Investigations into the jail dietaries of the United Provinces with some observations on the influence of dietary on the physical development and well-being of the people of the United Provinces - Number 48
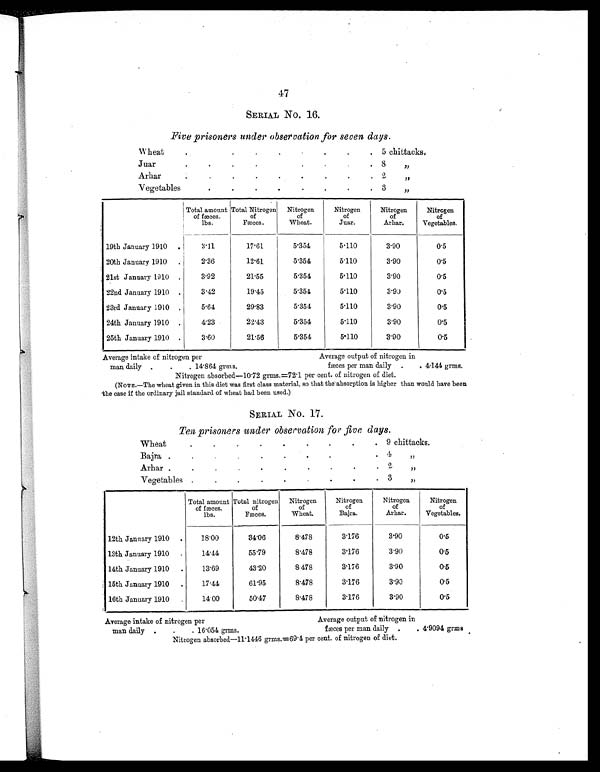
47
SERIAL No. 16.
Five prisoners under observation for seven days.
Wheat
.
.
.
.
.
.
.
.
5 chittacks.
Juar
.
.
.
.
.
.
.
. 8
„
Arhar
.
.
.
.
.
.
.
.
.
2
„
Vegetable
.
.
.
.
.
.
.
. 3
„
Total amount
of fæces.
l b s .
Total Nitrogen
of
Fæces.
Nitrogen
of
Wheat.
Nitrogen
of
Juar.
Nitrogen
of
Arhar.
Nitrogen
of
Vegetables.
19th January 1910 .
3 . 1 1
17.61
5.354
5.110
3.90
0.5
20th January 1910
.
2.36
12.61
5.354
5.110
3.90
0.5
21st January 1910 .
3.92
21.55
5.354
5.110
3.90
0.5
22nd January 1910 .
3 . 4 2
19.45
5.354
5.110
3.90
0.5
23rd January 1910 .
5.64
29.83
5.354
5.110
3.90
0.5
24th January 1910 .
4.23
22.43
5.354
5.110
3.90
0.5
25th January 1910 .
3.60
21.56
5.354
5.110
3.90
0.5
Average intake of nitrogen per
Average output of nitrogen in
man daily
. .
. 14.864 grms.
fæces per man daily .
. 4.144 grms.
Nitrogen absorbed—10.72 grms.=72.1 per cent. of nitrogen of diet.
(NOTE.—The wheat given in this diet was first class material, so that the absorption is higher than would have been
the case if the ordinary jail standard of wheat had been used.)
SERIAL No. 17.
Ten prisoners under observation for five days.
Wheat
.
.
.
.
.
.
.
.
.
9 chittacks.
Bajra .
.
.
.
.
.
.
.
. 4
„
Arhar .
.
.
.
.
.
.
.
.
. 2
„
Vegetables
.
.
.
.
.
.
.
.
. 3
„
Total amount
of fæces.
lbs.
Total nitrogen
of
Fæces.
Nitrogen
of
Wheat.
Nitrogen
of
Bajra.
Nitrogen
of
Arhar.
Nitrogen
of
Vegetables.
12th January 1910
.
18.00
34.06
8.478
3.176
3.90
0.5
13th January 1910
.
14.44
55.79
8.478
3.176
3.90
0.5
14th January 1910
.
13.69
43.20
8.478
3.176
3.90
0.5
15th January 1910
.
17.44
61.95
8.478
3.176
3.90
0.5
16th January 1910
.
14.00
50.47
8.478
3.176
3.90
0.5
Average intake of nitrogen per
Average output of nitrogen in
man daily
.
.
. 16.054 grms.
fæces per man daily .
. 4.9094 grms
Nitrogen absorbed—11.1446 grms. =69.4 per cent. of nitrogen of diet.